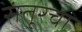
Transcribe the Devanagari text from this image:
संतूरचा